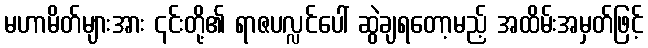
မဟာမိတ်များအား ၎င်းတို့၏ ရာဇပလ္လင်ပေါ် ဆွဲချရတော့မည့် အထိမ်းအမှတ်ဖြင့်